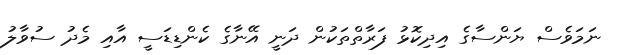
ނަމަވެސް ޔަންސާގެ އިދިކޮޅު ފަރާތްތަކުން ދަނީ އޭނާގެ ކެންޑިޑަސީ އާއި މެދު ސުވާލު